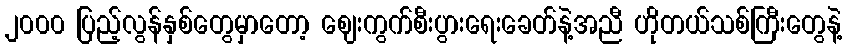
၂၀၀၀ ပြည့်လွန်နှစ်တွေမှာတော့ ဈေးကွက်စီးပွားရေးခေတ်နဲ့အညီ ဟိုတယ်သစ်ကြီးတွေနဲ့